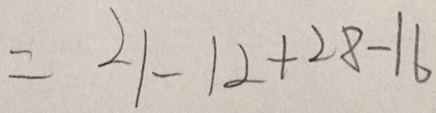
= 2 1 - 1 2 + 2 8 - 1 6